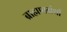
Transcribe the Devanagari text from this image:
ब्राह्मणग्रंथों